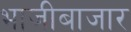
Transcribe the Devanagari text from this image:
भाजीबाजार